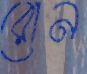
রোন